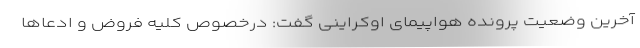
آخرین وضعیت پرونده هواپیمای اوکراینی گفت: درخصوص کلیه فروض و ادعاها